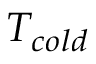
T _ { c o l d }